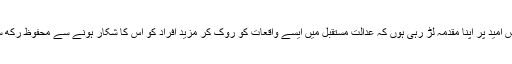
میں اس امید پر اپنا مقدمہ لڑ رہی ہوں کہ عدالت مستقبل میں ایسے واقعات کو روک کر مزید افراد کو اس کا شکار ہونے سے محفوظ رکھ سکے۔